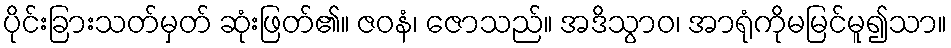
ပိုင်းခြားသတ်မှတ် ဆုံးဖြတ်၏။ ဇဝနံ၊ ဇောသည်။ အဒိသွာဝ၊ အာရုံကိုမမြင်မူ၍သာ။